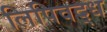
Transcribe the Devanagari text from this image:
लिपिवद्ध